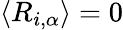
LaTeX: \langle R_{i,\alpha}\rangle=0